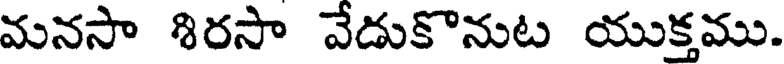
మనసా శిరసా వేడుకొనుట యుక్తము.